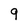
Character: 9